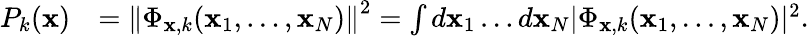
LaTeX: \begin{array}{rl}{P_{k}(\mathbf{x})}&{=\left\| \Phi_{\mathbf{x},k}(\mathbf{x}_{1},\ldots,\mathbf{x}_{N})\right\| ^{2}=\int d\mathbf{x}_{1}\ldots d\mathbf{x}_{N}|\Phi_{\mathbf{x},k}(\mathbf{x}_{1},\ldots,\mathbf{x}_{N})|^{2}.}\end{array}